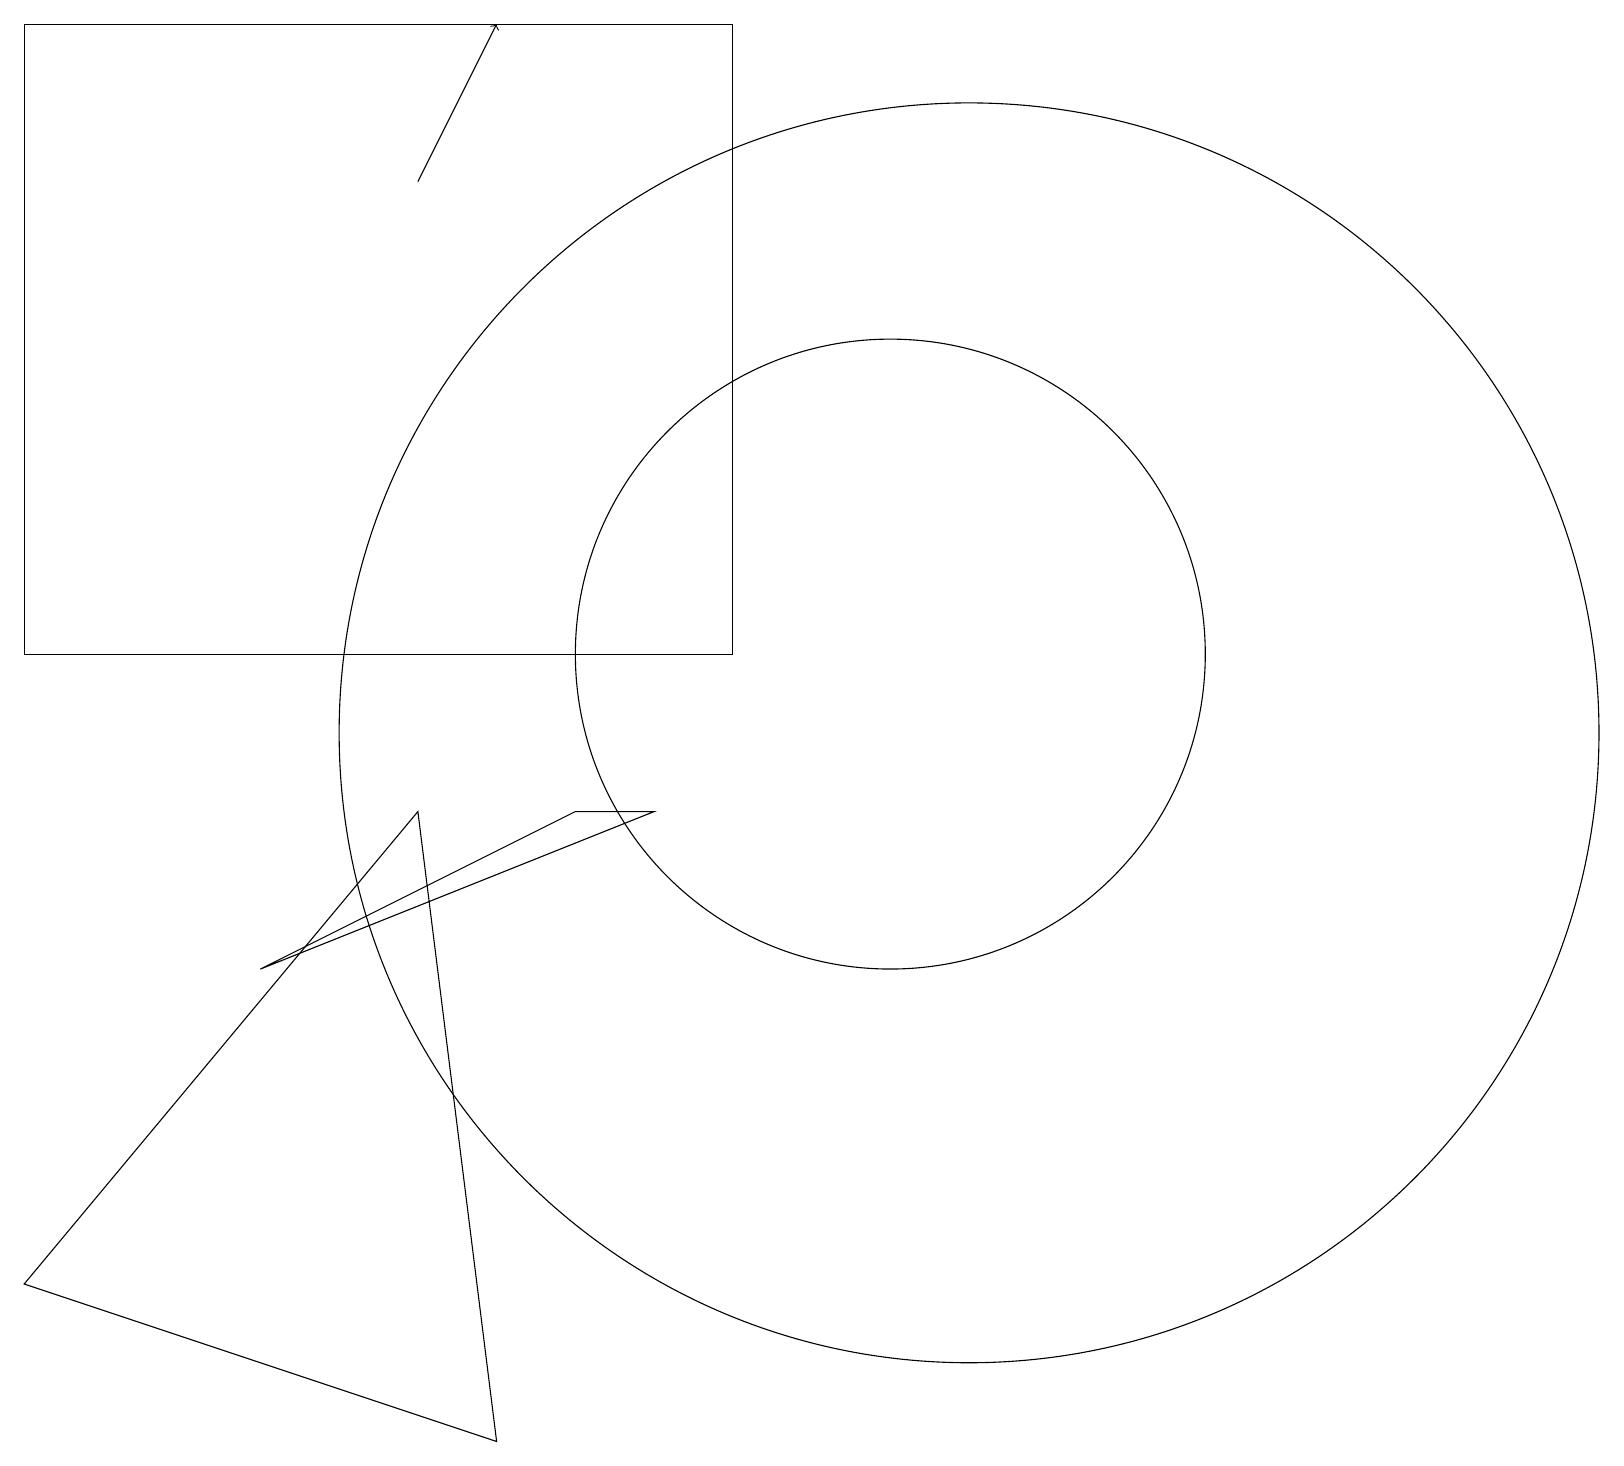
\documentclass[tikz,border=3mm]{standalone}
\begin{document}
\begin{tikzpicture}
\draw (9,19) rectangle (0,11);
\draw (11,11) circle (4);
\draw (5,9) -- (6,1) -- (0,3) -- cycle;
\draw (3,7) -- (8,9) -- (7,9) -- cycle;
\draw[->] (5,17) -- (6,19);
\draw (12,10) circle (8);
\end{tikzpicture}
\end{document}